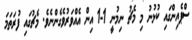
ސްޕެއިންގައި ކުޅުނު މި މެޗު ނިމުނީ 1-1 އިން އެއްވަރުވެގެންނެވެ. މެޗުގައި ފުރަތަމަ